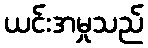
ယင်းအမှုသည်